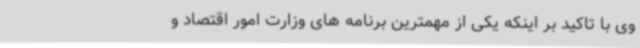
وی با تاکید بر اینکه یکی از مهمترین برنامه های وزارت امور اقتصاد و